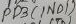
Text: PD3